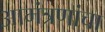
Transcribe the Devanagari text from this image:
आमंत्रणांचा